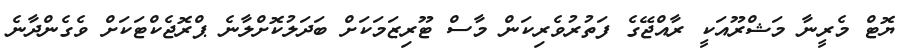
ޔޮޓް މެރީނާ މަޝްރޫއަކީ ރާއްޖޭގެ ފަތުރުވެރިކަން މާސް ޓޫރިޒަމަކަށް ބަދަލުކޮށްލާނެ ޕްރޮޖެކްޓަކަށް ވެގެންދާނެ